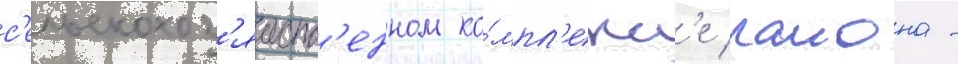
с'ельскохоз'яиств'енном ко́мпл'екс'е раиона -